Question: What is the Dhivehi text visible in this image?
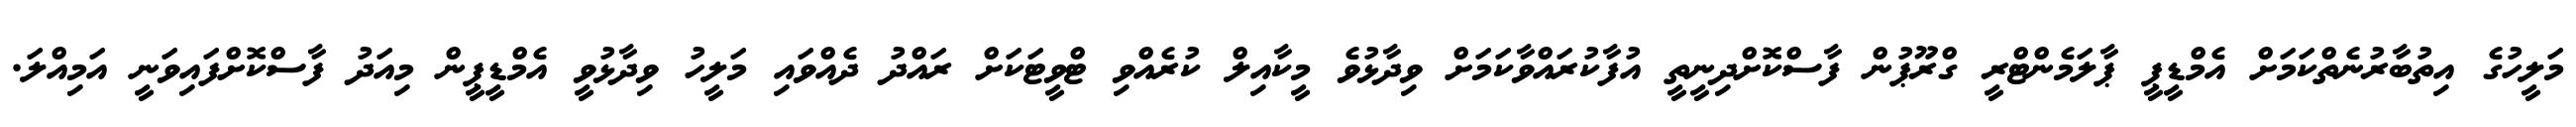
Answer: މަލީހުގެ އިތުބާރުނެތްކަމަށް އެމްޑީޕީ ޕާލަމެންޓްރީ ގްރޫޕުން ފާސްކޮށްދިނީތީ އުފާކުރައްވާކަމަށް ވިދާޅުވެ މީކާއިލް ކުރެއްވި ޓްވީޓަކަށް ރައްދު ދެއްވައި މަލީހު ވިދާޅުވީ އެމްޑީޕީން މިއަދު ފާސްކޮށްފައިވަނީ އަމިއްލަ.